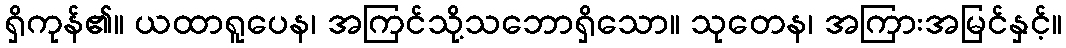
ရှိကုန်၏။ ယထာရူပေန၊ အကြင်သို့သဘောရှိသော။ သုတေန၊ အကြားအမြင်နှင့်။